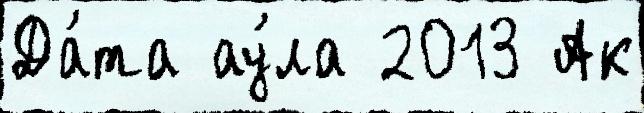
Да́та ау́ла 2013 Ак